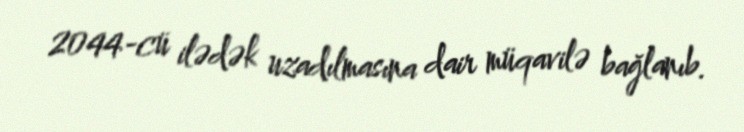
2044-cü ilədək uzadılmasına dair müqavilə bağlanıb.